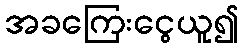
အခကြေးငွေယူ၍